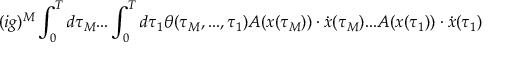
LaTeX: ( i g ) ^ { M } \int _ { 0 } ^ { T } d \tau _ { M } . . . \int _ { 0 } ^ { T } d \tau _ { 1 } \theta ( \tau _ { M } , . . . , \tau _ { 1 } ) A ( x ( \tau _ { M } ) ) \cdot \dot { x } ( \tau _ { M } ) . . . A ( x ( \tau _ { 1 } ) ) \cdot \dot { x } ( \tau _ { 1 } )